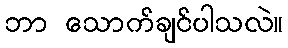
ဘာ သောက်ချင်ပါသလဲ။